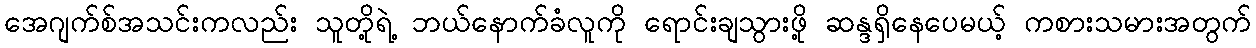
အေဂျက်စ်အသင်းကလည်း သူတို့ရဲ့ ဘယ်နောက်ခံလူကို ရောင်းချသွားဖို့ ဆန္ဒရှိနေပေမယ့် ကစားသမားအတွက်